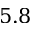
5 . 8